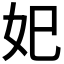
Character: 𡚱